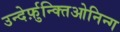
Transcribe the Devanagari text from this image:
उन्देर्फ़ुन्क्तिओनिन्ग